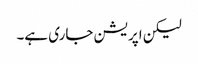
لیکن اپریشن جاری ہے۔